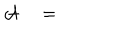
{ \cal A } \quad = \quad